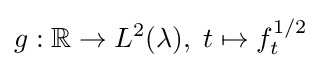
g:\mathbb {R} \to L^{2}(\lambda ),\;t\mapsto f_{t}^{1/2}